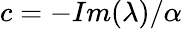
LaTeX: c=-Im(\lambda)/\alpha